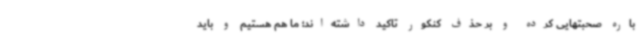
باره صحبتهایی کرده و بر حذف کنکور تاکید داشته‌اند؛ ما هم هستیم و باید